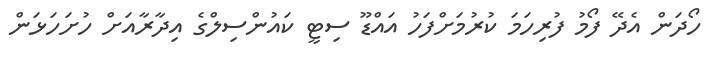
ހޯދަން އެދޭ ފޯމު ފުރިހަމަ ކުރުމަށްފަހު އައްޑޫ ސިޓީ ކައުންސިލްގެ އިދާރާއަށް ހުށަހަޅަން